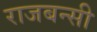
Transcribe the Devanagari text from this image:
राजबन्सी